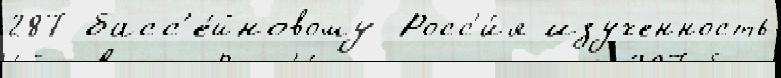
287 басс'е́йновому Росс'и́я изученность